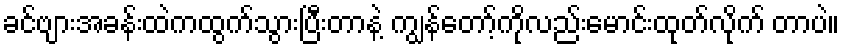
ခင်ဗျားအခန်းထဲကထွက်သွားပြီးတာနဲ့ ကျွန်တော့်ကိုလည်းမောင်းထုတ်လိုက် တာပဲ။